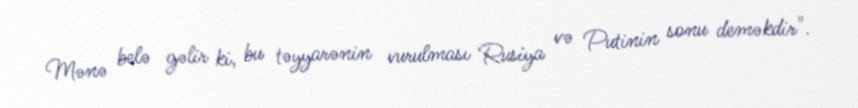
Mənə belə gəlir ki, bu təyyarənin vurulması Rusiya və Putinin sonu deməkdir".